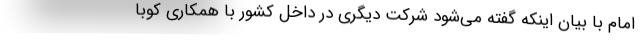
امام با بیان اینکه گفته می‌شود شرکت دیگری در داخل کشور با همکاری کوبا